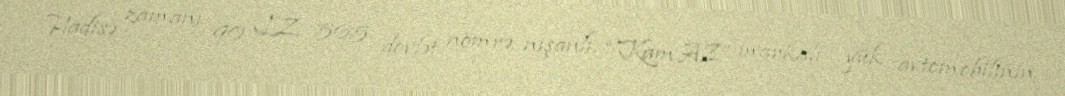
Hadisə zamanı 90 LZ 565 dövlət nömrə nişanlı, “KamAZ” markalı yük avtomobilinin